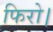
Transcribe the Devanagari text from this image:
फिरो।